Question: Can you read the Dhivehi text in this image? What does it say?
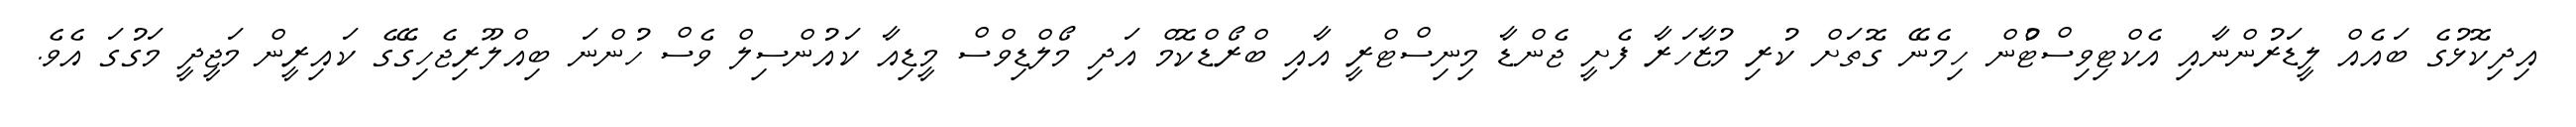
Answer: އިދިކޮޅުގެ ބައެއް ލީޑަރުންނާއި އެކްޓިވިސްޓްުން ހިމެނޭ ގޮތަށް ކުރި މުޒާހަރާ ފެށީ ޖެންޑާ މިނިސްޓްރީ އާއި ބްރޯޑްކޮމް އަދި މޯލްޑިވްސް މީޑިއާ ކައުންސިލް ވެސް ހުންނަ ބިއްލޫރިޖެހިގޭގެ ކައިރީން މަޖީދީ މަގުގަ އެވެ.